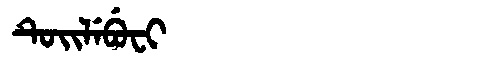
Manchu: ᡨᡠᡳᠯᡝᠪᡠᠸᡳ
Romanization: TUILEBUFI